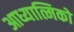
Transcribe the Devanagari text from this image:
आध्यात्मिको